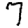
Digit: 7